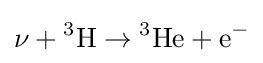
\nu +{}^{3}{\text{H}}\rightarrow {}^{3}{\text{He}}+{\text{e}}^{-}